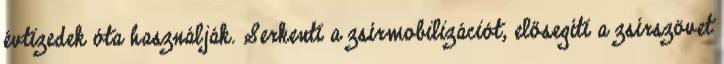
évtizedek óta használják. Serkenti a zsírmobilizációt, elősegíti a zsírszövet